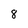
Character: 8